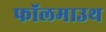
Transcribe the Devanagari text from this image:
फॉलमाउथ